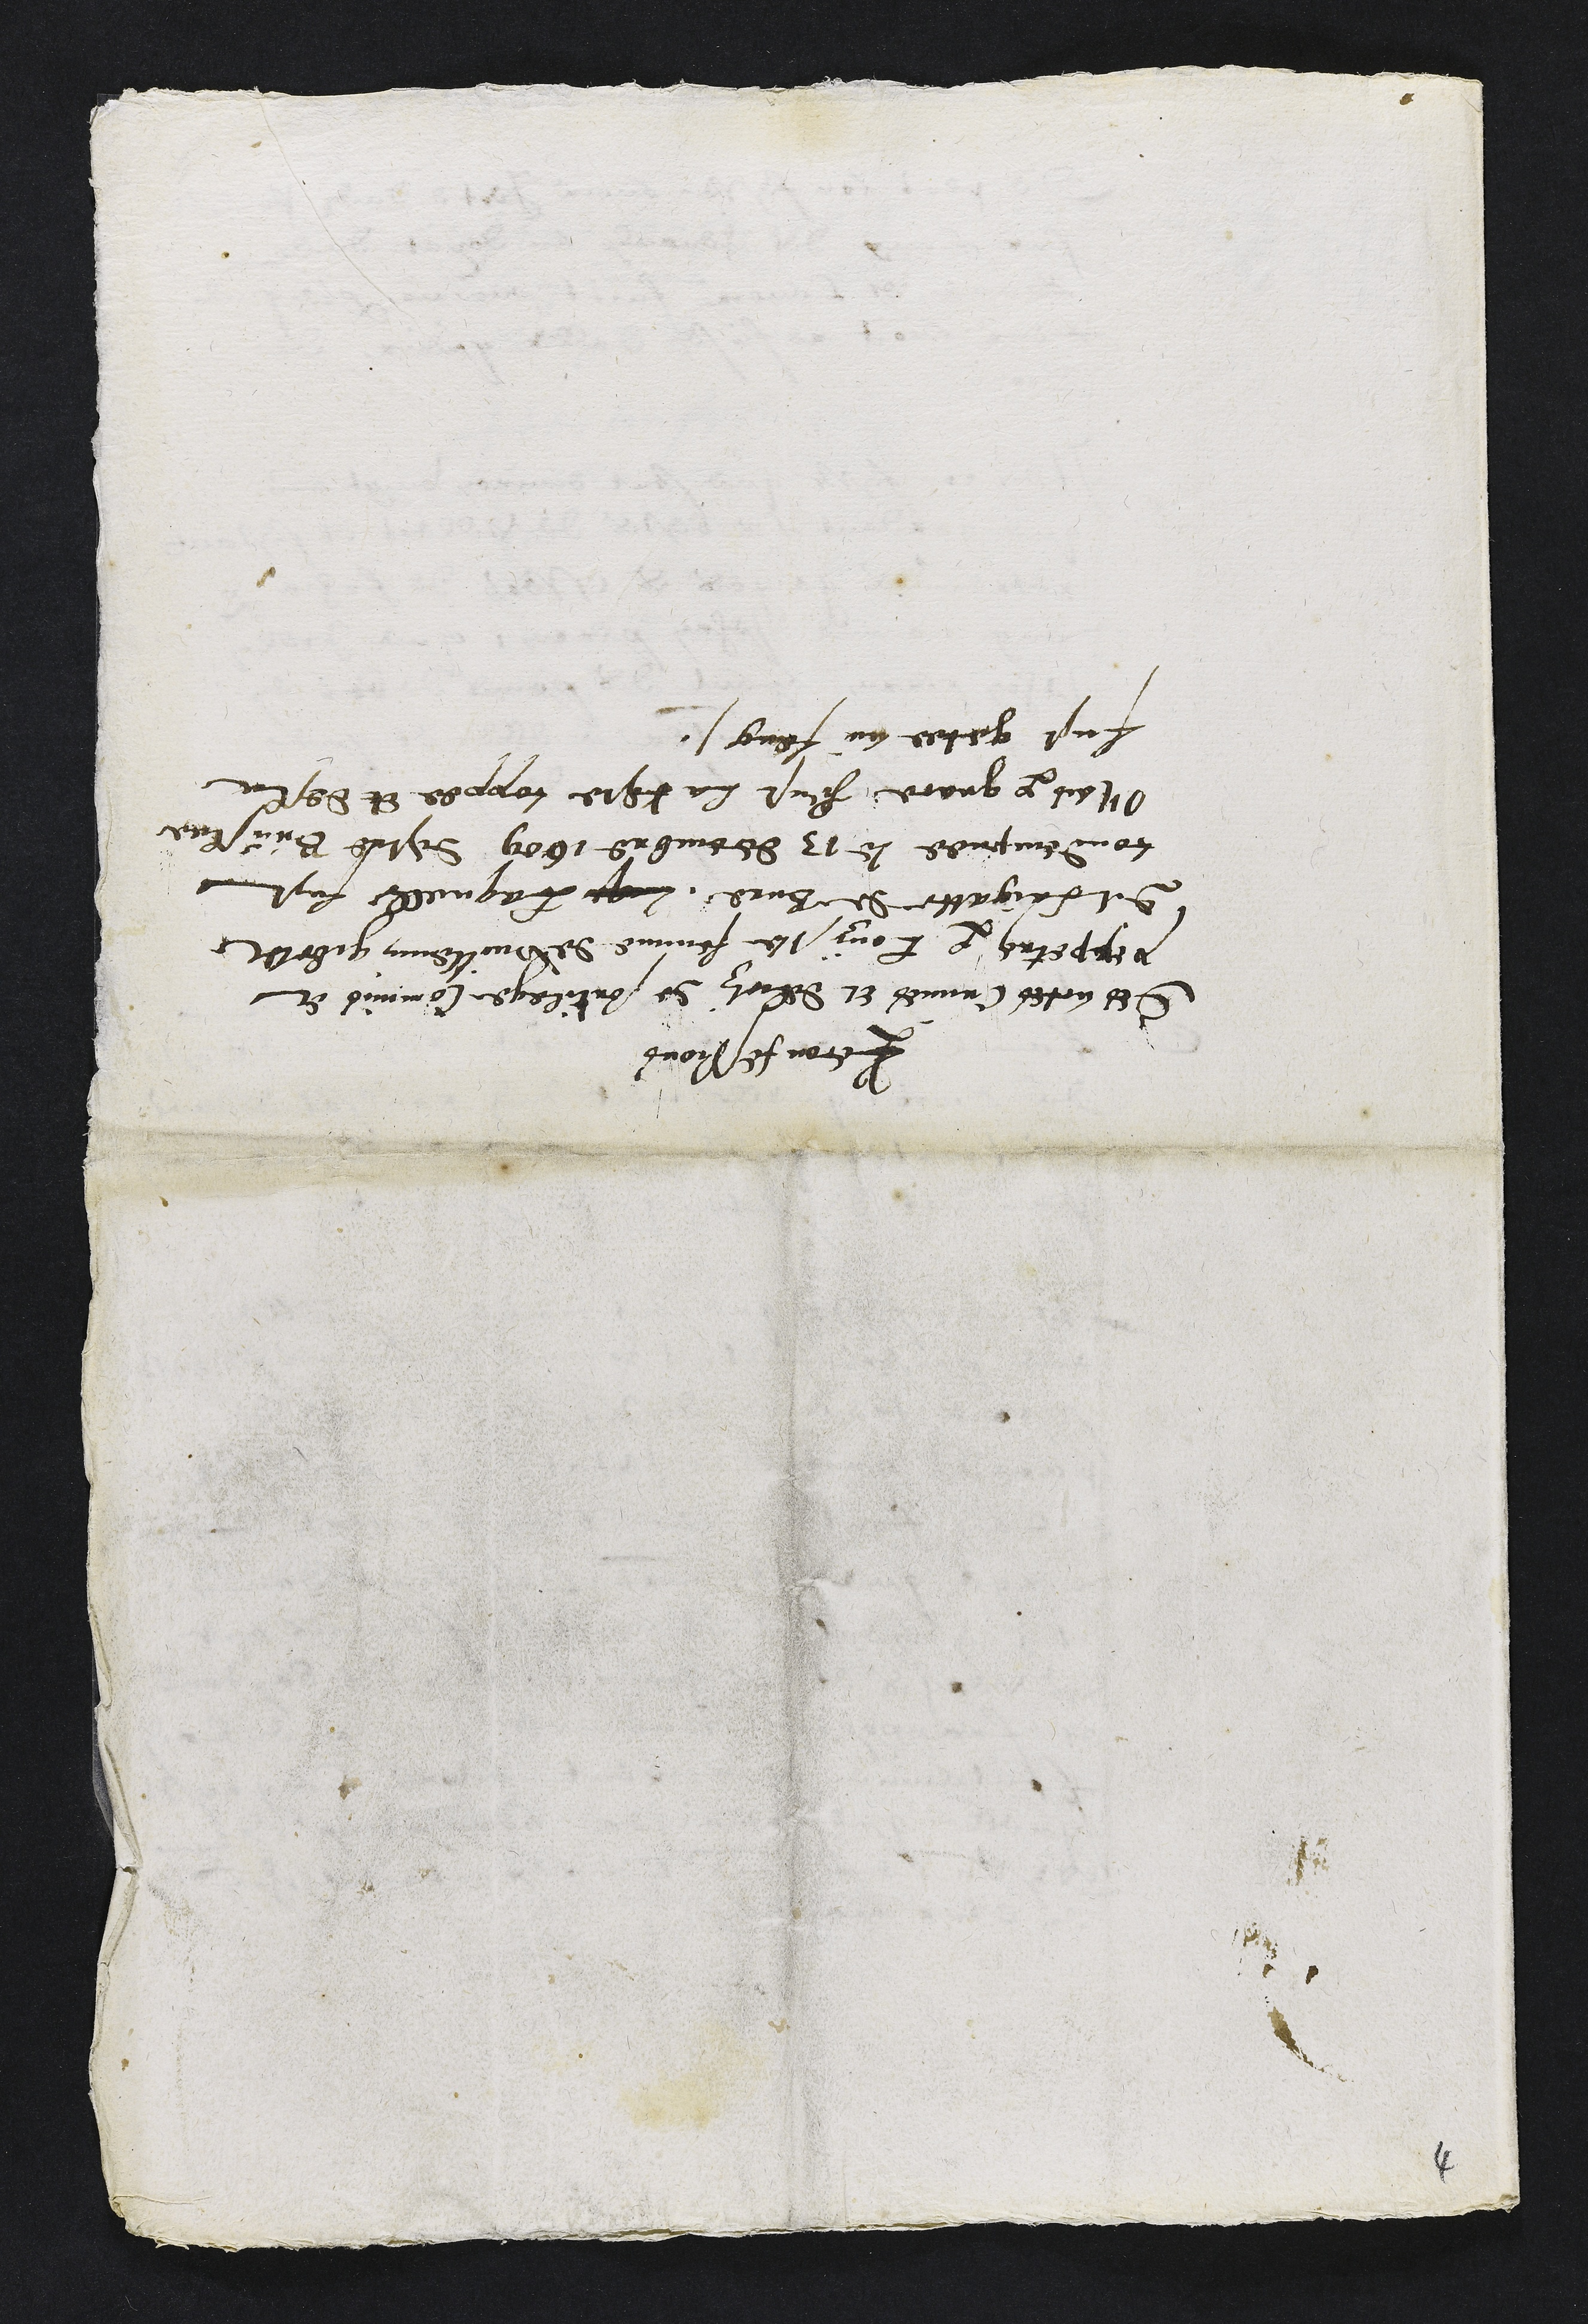
Reconfessions
des actes Crimes et delictz de sortilege Commis et
perpetres par Louyse femme de Vuillemin gibotet
dit Laigatte de Bure Leq Laquelle fust
condempnee le 13 decembre 1609 destre Bruslee
Mais par grace heust la teste coppee et desla
fust getee au feug.